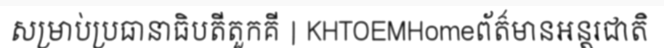
សម្រាប់ប្រធានាធិបតីតួកគី | KHTOEMHomeព័ត៌មានអន្តរជាតិ